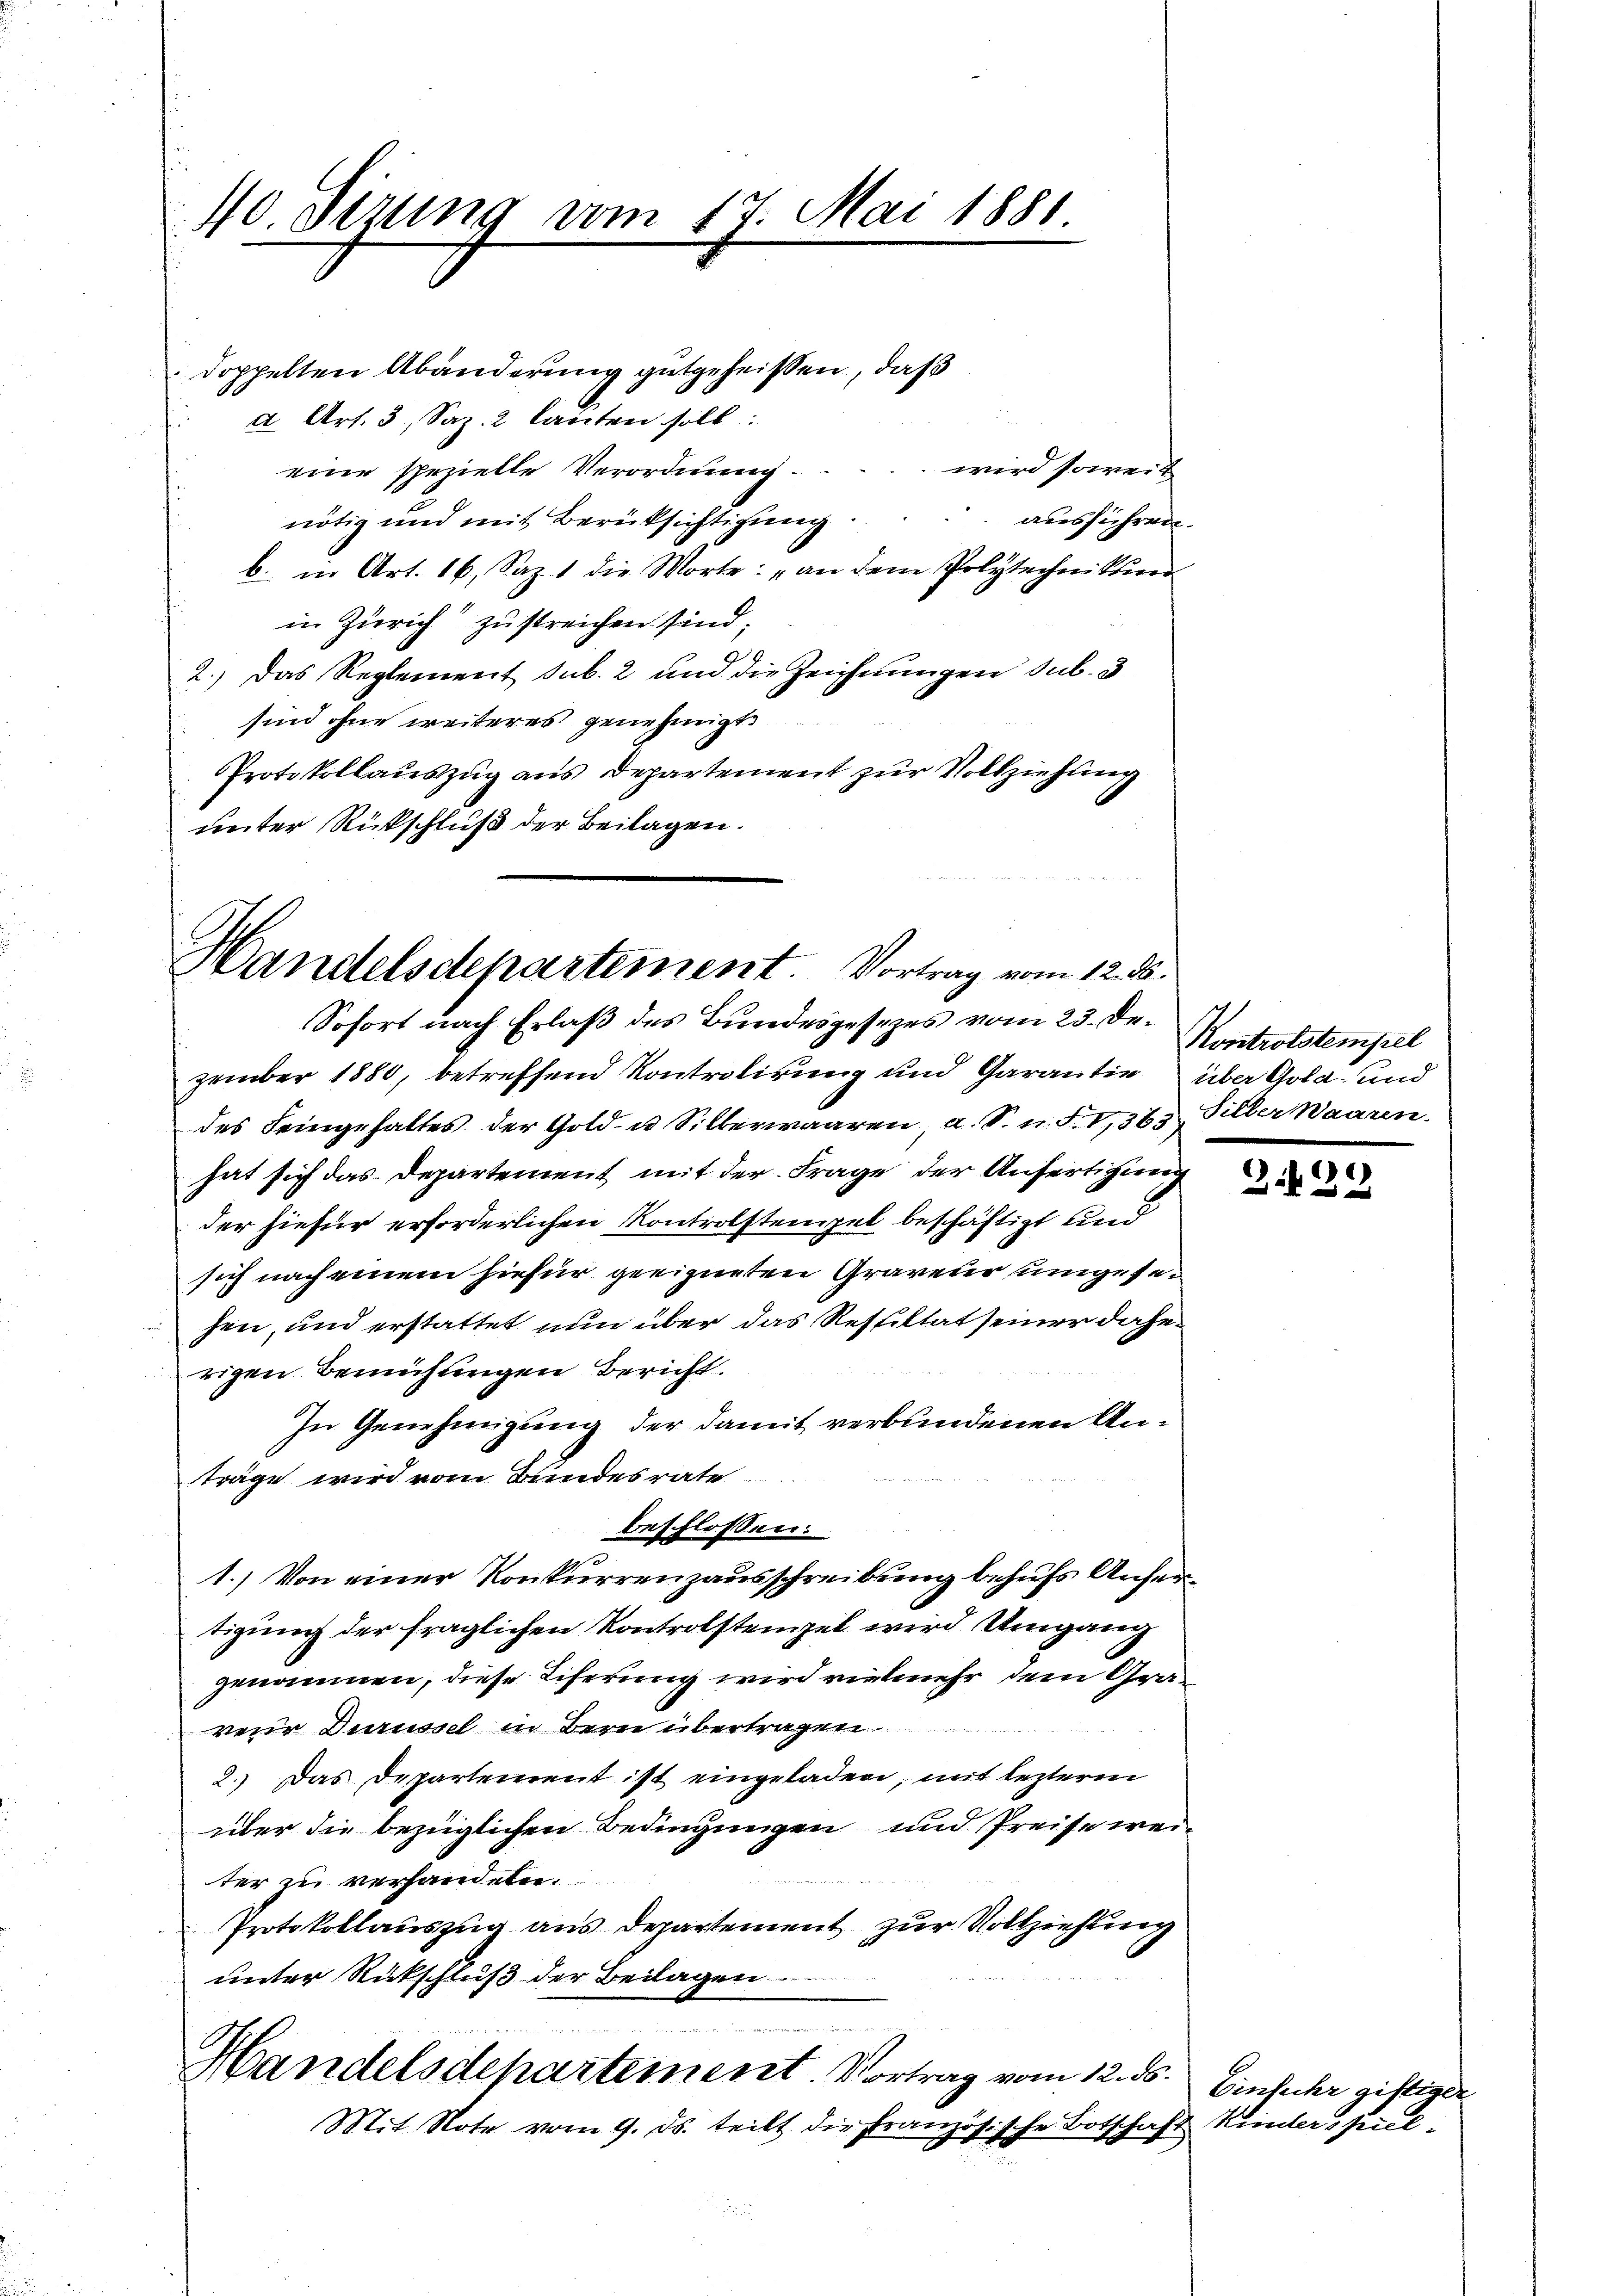
10. Sizung vom 17. Mai 1881

doppelten Abänderung gutgeheissen, daß
a Art. 3, Saz. 2 lauten soll:
wird soweit
eine spezielle Verordnung
ausführen.
nötig und mit Berüksichtigung.
b. in Art. 16, Sap. 1 die Worte: „an dem Polytechnikum
in Zürich“ zu streichen sind.
2.) Das Reglement sub. 2 und die Zeichnungen sub. 3
sind ohne weiteres genehmigt
Protokollauszug aus Departement zur Vollziehung
unter Rückschluß der Beilagen.

Handelsdepartement. Vortrag vom 12. ds.
Sofort nach Erlaß des Bundesgesezes vom 23. De¬

zember 1880, betreffend Kontrolirung und Garantie über Gold- und
des Feingehaltes der Gold- u Silberwaaren, a. S. n. F. I,363 Silber Waaren.
hat sich das Departement mit der Frage der Anfertigung
der hiefür erforderlichen Kontrolsteinzel beschäftigt und
sich nach einem hiefür geeigneten Graveur umgesesen, und erstattet nun über das Resultat seiner dahe
rigen Bemühungen Bericht.
In Genehmigung der damit verbundenen Anträge wird vom Bundesrate
beschlossen:
1.) Von einer Konkurrenzausschreibung behufs Unfertigung der fraglichen Kontrolsteigel wird Umgang
genommen, diese Tiferung wird vielmehr dem Graveur Durüssel in Bern übertragen.
2.) Das Departement ist eingeladen, mit lezterm
über die bezüglichen Bedingungen und Preise weiter zu verhandeln.
Protokollauszug aus Departement zur Vollziehung
unter Rückschluß der Beilagen
n
   der
Handelsdepartement. Vortrag vom 12. ds.
Mit Note vom 9. ds. teilt die Französische Botschaft Kinderspiel¬

Kontrolstempel

¬
2 f 0 x

Einfuhr giftiger